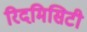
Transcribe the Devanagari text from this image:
रिदमिसिटी